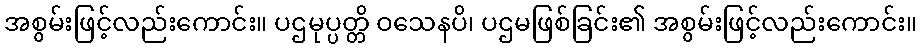
အစွမ်းဖြင့်လည်းကောင်း။ ပဌမုပ္ပတ္တိ ဝသေနပိ၊ ပဌမဖြစ်ခြင်း၏ အစွမ်းဖြင့်လည်းကောင်း။